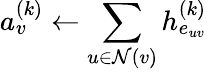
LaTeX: a_{v}^{(k)}\gets\sum_{u\in\mathcal{N}(v)}h_{e_{uv}}^{(k)}